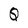
Character: Q